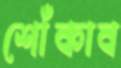
শোঁকাব